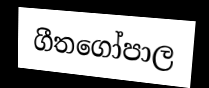
ගීතගෝපාල